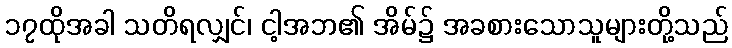
၁၇ထိုအခါ သတိရလျှင်၊ ငါ့အဘ၏ အိမ်၌ အခစားသောသူများတို့သည်